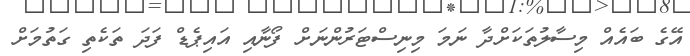
އޭގެ ބައެއް މިސާލުތަކަށްދާ ނަމަ މިނިސްޓަރުންނަށް ފޯނާއި އައިޕެޑް ފަދަ ތަކެތި ގަތުމަށް